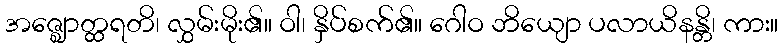
အဇ္ဈောတ္ထရတိ၊ လွှမ်းမိုး၏။ ဝါ၊ နှိပ်စက်၏။ ဂေါဝ ဘိယျော ပလာယိနန္တိ၊ ကား။